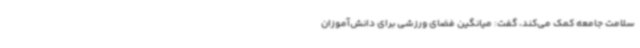
سلامت جامعه کمک می‌کند، گفت: میانگین فضای ورزشی برای دانش‌آموزان